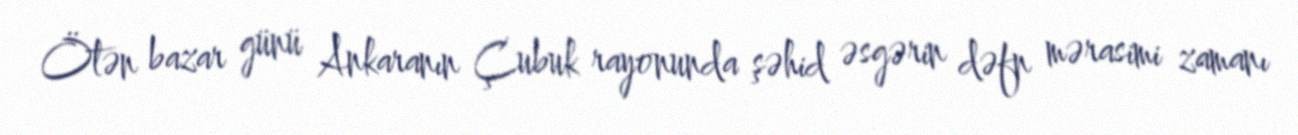
Ötən bazar günü Ankaranın Çubuk rayonunda şəhid əsgərin dəfn mərasimi zamanı